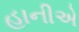
હાનીએ